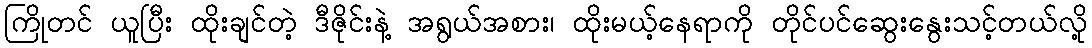
ကြိုတင် ယူပြီး ထိုးချင်တဲ့ ဒီဇိုင်းနဲ့ အရွယ်အစား၊ ထိုးမယ့်နေရာကို တိုင်ပင်ဆွေးနွေးသင့်တယ်လို့